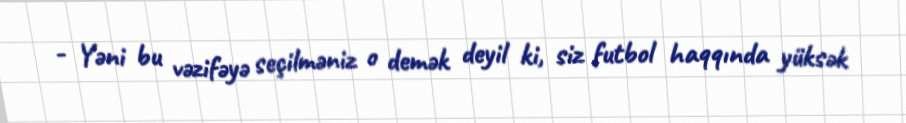
- Yəni bu vəzifəyə seçilməniz o demək deyil ki, siz futbol haqqında yüksək